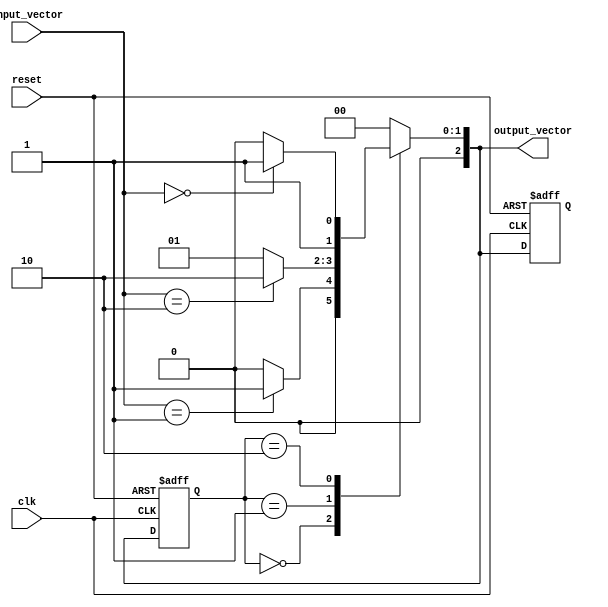
module MealyStateMachine #(
    parameter N = 3,     // Number of bits for states
    parameter M = 2,     // Number of input bits
    parameter IDLE = 3'b000, // Example states
    parameter STATE1 = 3'b001,
    parameter STATE2 = 3'b010,
    parameter STATE3 = 3'b011
) (
    input wire clk,
    input wire reset,
    input wire [M-1:0] input_vector,
    output reg [N-1:0] output_vector
);

    // Define the state register
    reg [N-1:0] current_state, next_state;

    // State transition logic
    always @(*) begin
        case (current_state)
            IDLE: begin
                if (input_vector == 2'b01) begin
                    next_state = STATE1;
                    output_vector = 3'b001; // Example output
                end else begin
                    next_state = IDLE;
                    output_vector = 3'b000; // Example output
                end
            end
            STATE1: begin
                if (input_vector == 2'b10) begin
                    next_state = STATE2;
                    output_vector = 3'b010; // Example output
                end else begin
                    next_state = STATE1;
                    output_vector = 3'b001; // Example output
                end
            end
            STATE2: begin
                if (input_vector == 2'b00) begin
                    next_state = STATE3;
                    output_vector = 3'b011; // Example output
                end else begin
                    next_state = STATE2;
                    output_vector = 3'b010; // Example output
                end
            end
            STATE3: begin
                next_state = IDLE; // Go back to IDLE for this example
                output_vector = 3'b000; // Example output
            end
            default: begin
                next_state = IDLE;
                output_vector = 3'b000; // Default output
            end
        endcase
    end

    // Sequential logic for state storage
    always @(posedge clk or posedge reset) begin
        if (reset) begin
            current_state <= IDLE; // Initialize to IDLE state
            output_vector <= 3'b000; // Initialize output
        end else begin
            current_state <= next_state; // Update state on clock edge
        end
    end

endmodule